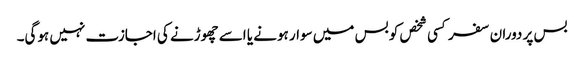
بس پر دوران سفر کسی شخص کو بس میں سوار ہونے یا اسے چھوڑنے کی اجازت نہیں ہوگی۔